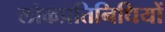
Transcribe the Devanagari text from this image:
लोकप्रतिनिधियों